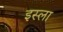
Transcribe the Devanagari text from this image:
इस्‍ला